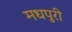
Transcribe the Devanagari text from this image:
मधपुरी